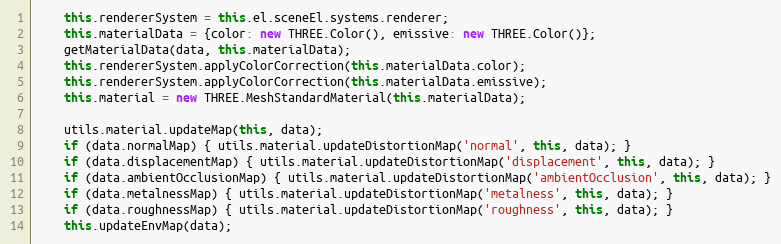
Language: JavaScript
    this.rendererSystem = this.el.sceneEl.systems.renderer;
    this.materialData = {color: new THREE.Color(), emissive: new THREE.Color()};
    getMaterialData(data, this.materialData);
    this.rendererSystem.applyColorCorrection(this.materialData.color);
    this.rendererSystem.applyColorCorrection(this.materialData.emissive);
    this.material = new THREE.MeshStandardMaterial(this.materialData);

    utils.material.updateMap(this, data);
    if (data.normalMap) { utils.material.updateDistortionMap('normal', this, data); }
    if (data.displacementMap) { utils.material.updateDistortionMap('displacement', this, data); }
    if (data.ambientOcclusionMap) { utils.material.updateDistortionMap('ambientOcclusion', this, data); }
    if (data.metalnessMap) { utils.material.updateDistortionMap('metalness', this, data); }
    if (data.roughnessMap) { utils.material.updateDistortionMap('roughness', this, data); }
    this.updateEnvMap(data);